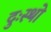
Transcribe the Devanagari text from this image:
दुःस्थो